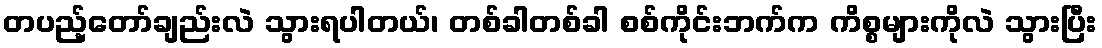
တပည့်တော်ချည်းလဲ သွားရပါတယ်၊ တစ်ခါတစ်ခါ စစ်ကိုင်းဘက်က ကိစ္စများကိုလဲ သွားပြီး